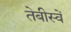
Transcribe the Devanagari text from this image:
तेबीस्वें